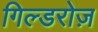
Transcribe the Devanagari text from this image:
गिल्डरोज़